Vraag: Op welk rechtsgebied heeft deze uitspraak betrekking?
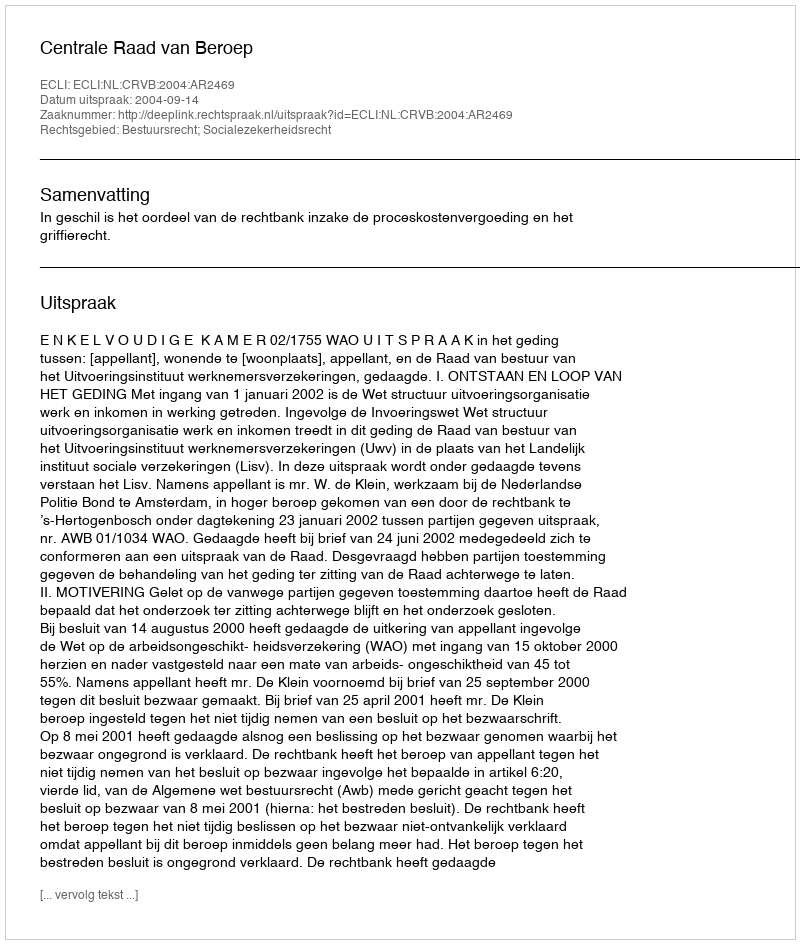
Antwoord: Bestuursrecht; Socialezekerheidsrecht